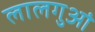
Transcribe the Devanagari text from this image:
लालगुआं